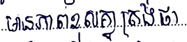
មានភាពខុសគ្នាត្រង់ថា